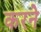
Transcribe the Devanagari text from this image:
करनेे